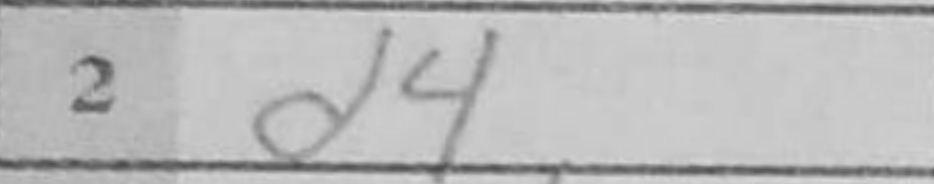
Transcription: d4